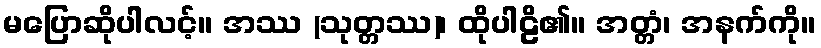
မပြောဆိုပါလင့်။ အဿ (သုတ္တဿ)၊ ထိုပါဠိ၏။ အတ္တံ၊ အနက်ကို။